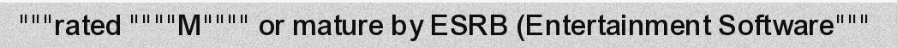
"""rated """"M"""" or mature by ESRB (Entertainment Software"""